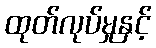
ထုတ်လုပ်မှုနှင့်